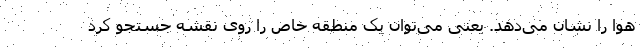
هوا را نشان می‌دهد. یعنی می‌توان یک منطقه خاص را روی نقشه جستجو کرد